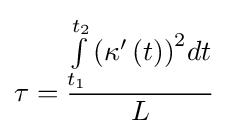
\tau ={\frac {\int \limits _{t_{1}}^{t_{2}}{\left({\kappa '\left(t\right)}\right)^{2}}dt}{L}}